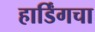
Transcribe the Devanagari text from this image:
हार्डिंगचा